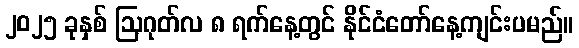
၂၀၂၅ ခုနှစ် ဩဂုတ်လ ၈ ရက်နေ့တွင် နိုင်ငံတော်နေ့ကျင်းပမည်။